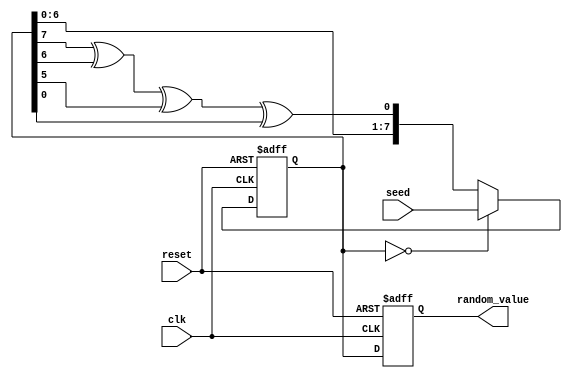
module RandomInitialization #(
    parameter WIDTH = 8 // Width of the random_value output
)(
    input wire clk,
    input wire reset,
    input wire [WIDTH-1:0] seed, // Optional seed input
    output reg [WIDTH-1:0] random_value
);

    // Internal state for the LFSR
    reg [WIDTH-1:0] lfsr;

    // LFSR feedback polynomial (example for 8-bit LFSR)
    wire feedback = lfsr[WIDTH-1] ^ lfsr[WIDTH-2] ^ lfsr[WIDTH-3] ^ lfsr[0];

    always @(posedge clk or posedge reset) begin
        if (reset) begin
            // Reset state
            lfsr <= {WIDTH{1'b0}}; // Initialize to 0 or a specific constant
            random_value <= {WIDTH{1'b0}}; // Default output
        end else begin
            // Random value generation
            if (lfsr == 0) begin
                lfsr <= seed; // Initialize with seed if lfsr is zero
            end else begin
                lfsr <= {lfsr[WIDTH-2:0], feedback}; // Shift and feedback
            end
            random_value <= lfsr; // Update output
        end
    end

endmodule